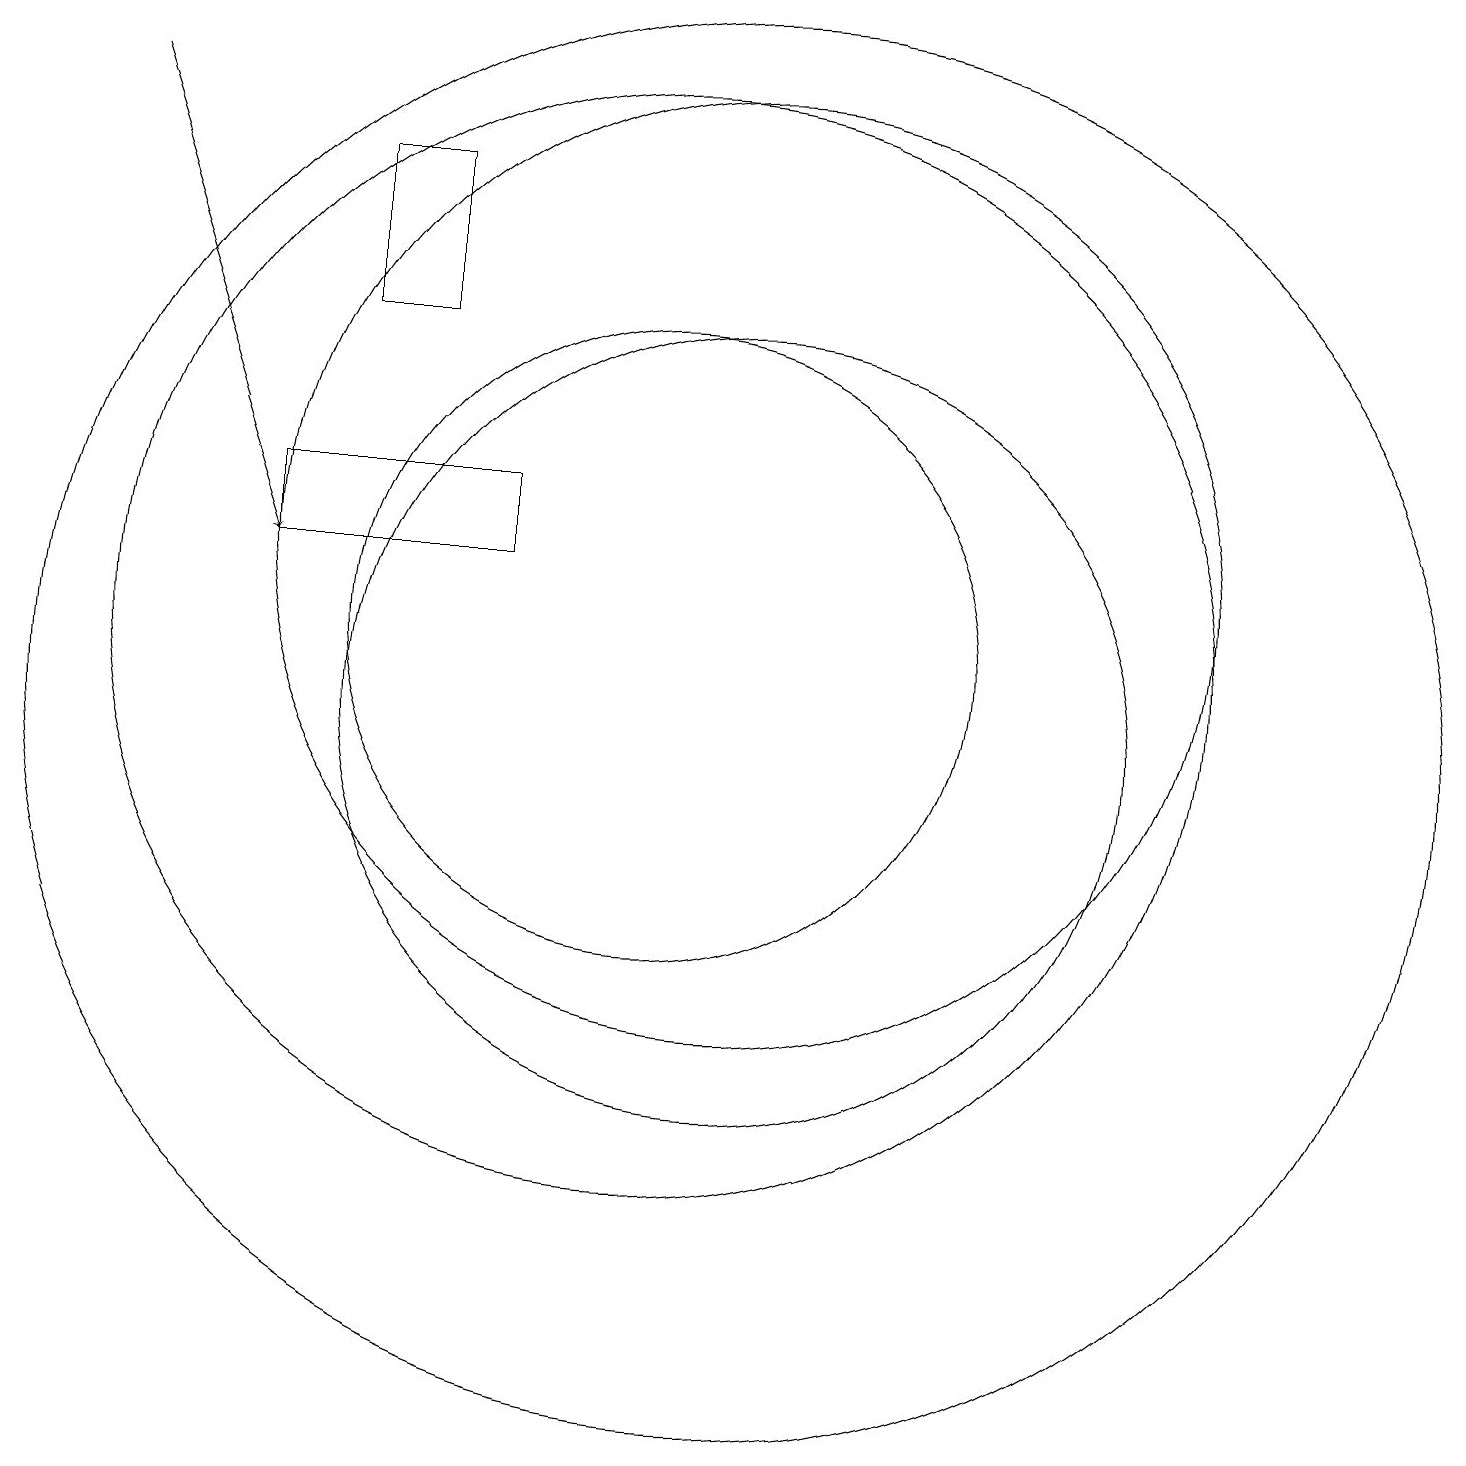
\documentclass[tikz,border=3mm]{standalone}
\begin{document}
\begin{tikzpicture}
\draw (11,10) circle (5);
\draw (11,10) circle (9);
\draw (8,12) rectangle (5,13);
\draw[->] (3,18) -- (5,12);
\draw (10,11) circle (4);
\draw (11,12) circle (6);
\draw (7,17) rectangle (6,15);
\draw (10,11) circle (7);
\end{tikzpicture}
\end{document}